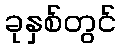
ခုနှစ်တွင်